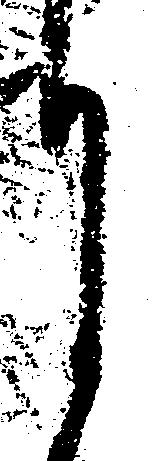
月